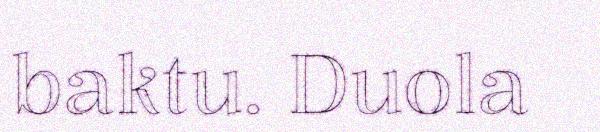
baktu. Duola